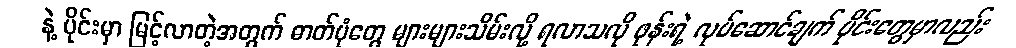
နဲ့ ပိုင်းမှာ မြင့်လာတဲ့အတွက် ဓာတ်ပုံတွေ များများသိမ်းလို့ ရလာသလို ဖုန်းရဲ့ လုပ်ဆောင်ချက် ပိုင်းတွေမှာလည်း